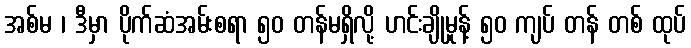
အစ်မ ၊ ဒီမှာ ပိုက်ဆံအမ်းစရာ ၅၀ တန်မရှိလို့ ဟင်းချိုမှုန့် ၅၀ ကျပ် တန် တစ် ထုပ်